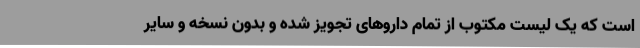
است که یک لیست مکتوب از تمام داروهای تجویز شده و بدون نسخه و سایر